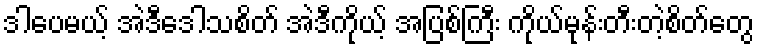
ဒါပေမယ့် အဲဒီဒေါသစိတ် အဲဒီကိုယ့် အပြစ်ကြီး ကိုယ်မုန်းတီးတဲ့စိတ်တွေ